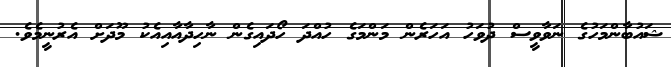
ޝައުބާންމަހުގެ ނަވާވީސް ދުވަހު އަހަރެން މަންމަގެ ހުއްދަ ހޯދައިގެން ނާހިދާއާއިއެކު މޫދަށް އެރުނީމެވެ.